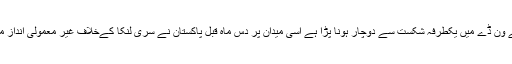
شارجہ کے جس میدان پر پاکستان کو پہلے ون ڈے میں یکطرفہ شکست سے دوچار ہونا پڑا ہے اسی میدان پر دس ماہ قبل پاکستان نے سری لنکا کےخلاف غیر معمولی انداز میں ٹیسٹ میچ میں کامیابی حاصل کی تھی۔